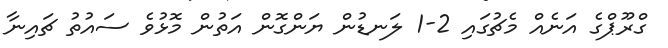
ގްރޫޕްގެ އަނެއް މެޗުގައި 2-1 ލަނޑުން ޔަންގޮން އަތުން މޮޅުވެ ސައުތު ޗައިނާ